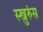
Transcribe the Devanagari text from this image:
स्खुरुंस